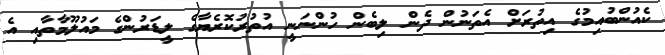
ކެއުންބުއިމުގެ އިތުރަށް އެތަނުން ދެން ލިބެން ހުންނަނީ އުތުރުކޮރެޔާގެ ލީޑަރުންގެ މައުލޫމާތާއި އެ